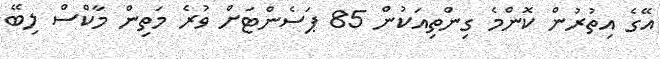
އޭގެ އިތުރުން ކޮންމެ ގިންތިއަކުން 85 ޕަސެންޓަށް ވުރެ މަތިން މާކްސް ލިބޭ